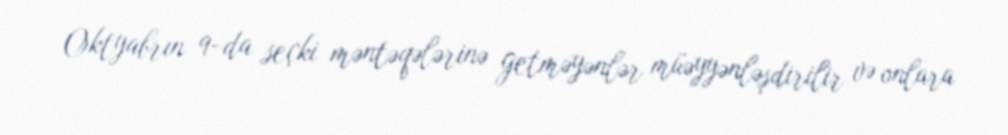
Oktyabrın 9-da seçki məntəqələrinə getməyənlər müəyyənləşdirilir və onlara